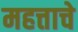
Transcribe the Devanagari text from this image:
महत्ताचे